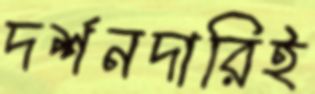
দর্শনদারিই